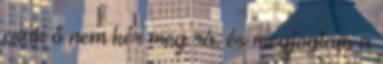
csak ő nem kér meg rá, és megfogtam a